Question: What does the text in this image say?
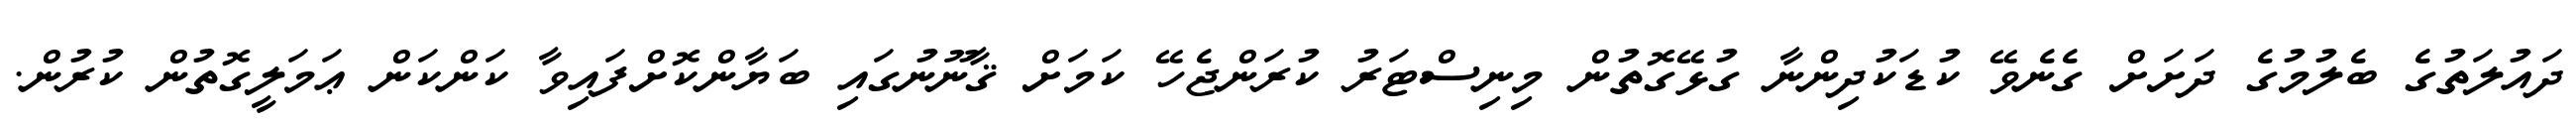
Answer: ދައުލަތުގެ ބެލުމުގެ ދަށަށް ގެނެވޭ ކުޑަކުދިންނާ ގުޅޭގޮތުން މިނިސްޓަރު ކުރަންޖެހޭ ކަމަށް ޤާނޫނުގައި ބަޔާންކޮށްފައިވާ ކަންކަން ޢަމަލީގޮތުން ކުރުން.